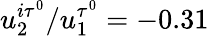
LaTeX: u_{2}^{i\tau^{0}}/u_{1}^{\tau^{0}}=-0.31